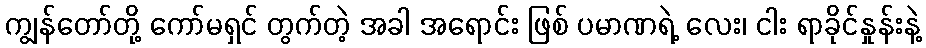
ကျွန်တော်တို့ ကော်မရှင် တွက်တဲ့ အခါ အရောင်း ဖြစ် ပမာဏရဲ့ လေး၊ ငါး ရာခိုင်နှုန်းနဲ့